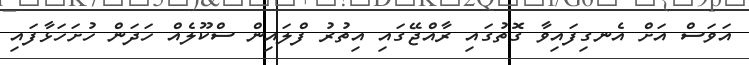
އަވަސް އަށް އެނގިފައިވާ ގޮތުގައި ރާއްޖޭގައި އިތުރު ފްލައިން ސްކޫލެއް ހަދަން ހުށަހަޅާފައި